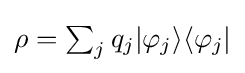
{\textstyle \rho =\sum _{j}q_{j}|\varphi _{j}\rangle \langle \varphi _{j}|}